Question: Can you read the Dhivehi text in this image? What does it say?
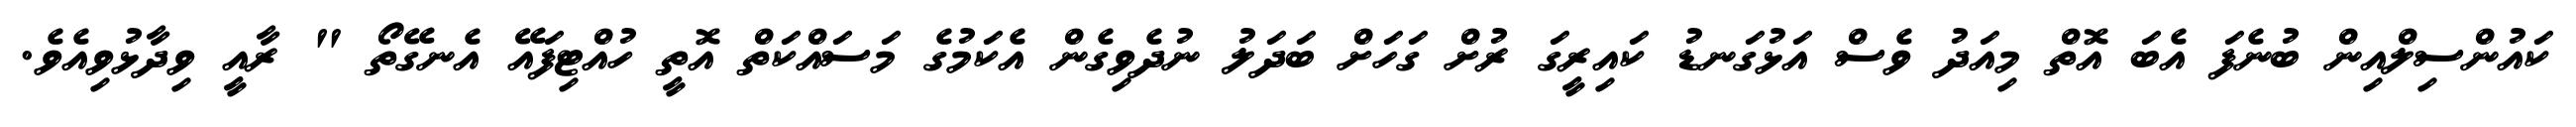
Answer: ކައުންސިލްއިން ބުނެފަ އެބަ އޮތް މިއަދު ވެސް އަޅުގަނޑު ކައިރީގަ ރުށް ގަހަށް ބަދަލު ނުދެވިގެން އެކަމުގެ މަސައްކަތް އޮތީ ހުއްޓިފައޭ އެނގޭތޯ " ރާއީ ވިދާޅުވިއެވެ.